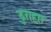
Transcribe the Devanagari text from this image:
दुराहार